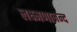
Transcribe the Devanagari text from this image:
लक्ष्मणानन्द